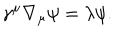
\gamma ^ { \mu } \nabla _ { \mu } \psi = \lambda \psi .